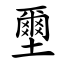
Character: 壐